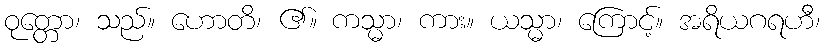
ဝုတ္တော၊ သည်။ ဟောတိ၊ ၏။ ကသ္မာ၊ ကား။ ယသ္မာ၊ ကြောင့်။ အရိယဂရဟီ၊